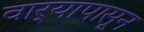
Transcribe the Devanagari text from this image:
वार्‍यापासून